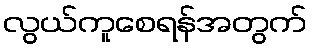
လွယ်ကူစေရန်အတွက်